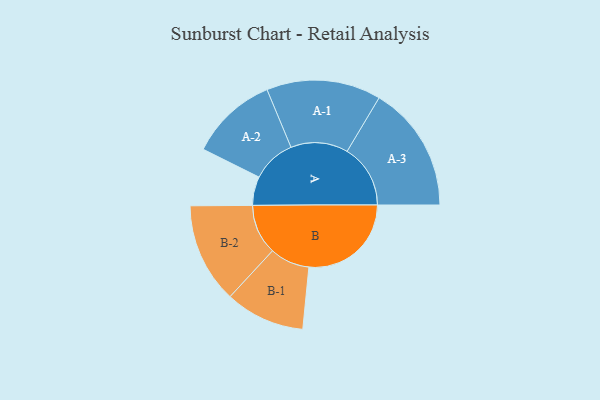
{"axis": {"x": "Segment", "y": "Value"}, "legend": ["", "A", "B"], "data": [{"x": "A", "y": 109, "type": ""}, {"x": "B", "y": 388, "type": ""}, {"x": "A-1", "y": 217, "type": "A"}, {"x": "A-2", "y": 166, "type": "A"}, {"x": "A-3", "y": 240, "type": "A"}, {"x": "B-1", "y": 151, "type": "B"}, {"x": "B-2", "y": 190, "type": "B"}]}